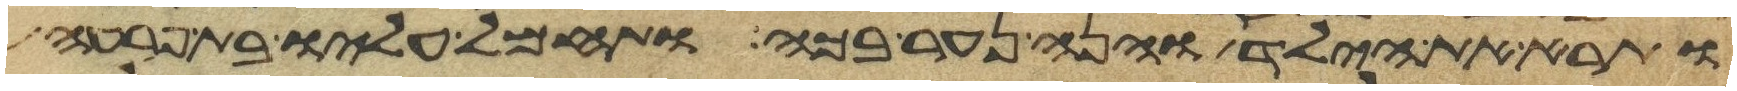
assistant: ותרא את הילד והנה נער בכה ותחמל עליו בת פרעה